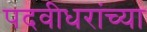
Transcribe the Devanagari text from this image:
पदवीधरांच्या